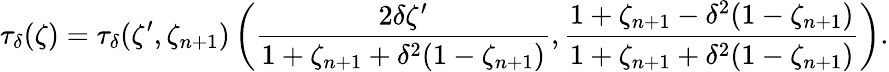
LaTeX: \tau_{\delta}(\zeta)=\tau_{\delta}(\zeta^{\prime},\zeta_{n+1})\left(\frac{2\delta\zeta^{\prime}}{1+\zeta_{n+1}+\delta^{2}(1-\zeta_{n+1})},\frac{1+\zeta_{n+1}-\delta^{2}(1-\zeta_{n+1})}{1+\zeta_{n+1}+\delta^{2}(1-\zeta_{n+1})}\right).